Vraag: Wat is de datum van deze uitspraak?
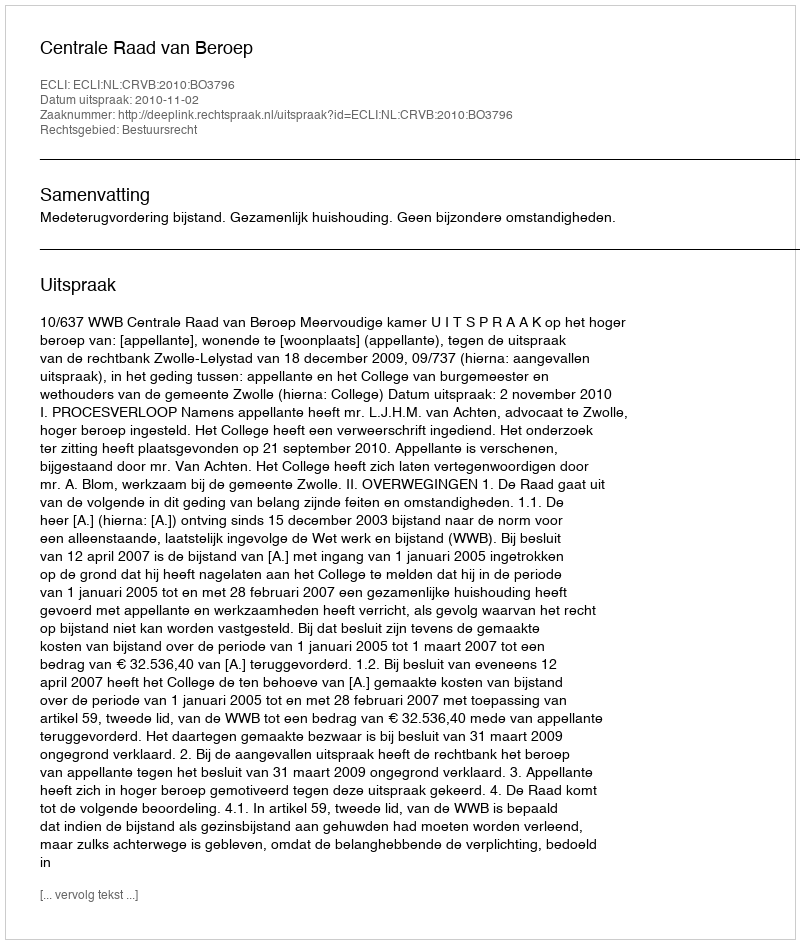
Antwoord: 2010-11-02